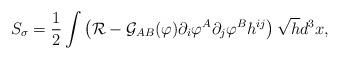
LaTeX: \begin{align*}S_\sigma=\frac{1}{2}\int \left({\cal R}-{\cal G}_{AB}(\varphi)\partial_i\varphi^A \partial_j \varphi^Bh^{ij}\right)\sqrt{h}d^3x,\end{align*}